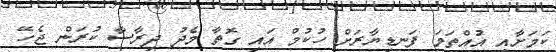
ކަމަށާއި އުއްތަމަ ފަނޑިޔާރަށް ހުކުމް އައި ގޮތާ މެދު ދިރާސާ ކުރަން ޖެހޭ